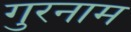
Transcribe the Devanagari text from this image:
गुरनाम